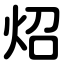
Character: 炤